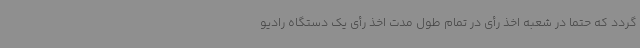
گردد که حتماً در شعبه اخذ رأی در تمام طول مدت اخذ رأی یک دستگاه رادیو